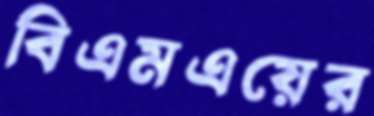
বিএমএয়ের